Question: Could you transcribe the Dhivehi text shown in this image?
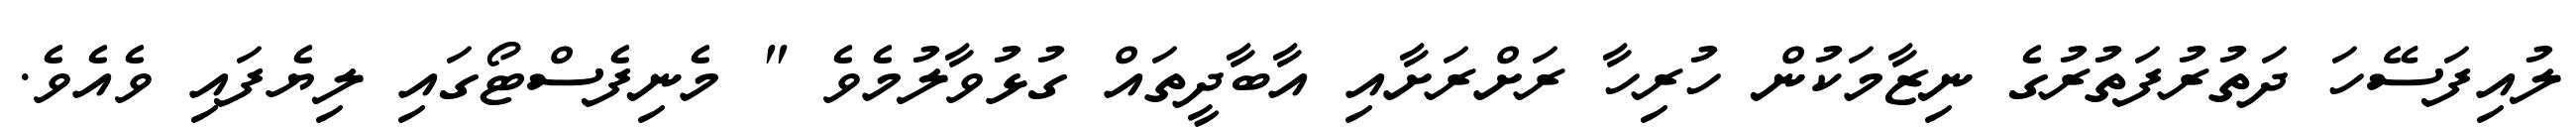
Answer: ލުއިފަސޭހަ ދަތުރުފަތުރުގެ ނިޒާމަކުން ހުރިހާ ރަށްރަށާއި އާބާދީތައް ގުޅުވާލުމެވެ " މެނިފެސްޓޯގައި ލިޔެފައި ވެއެވެ.